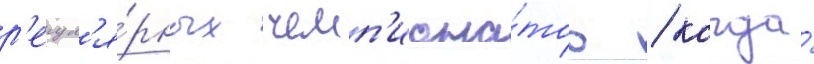
р'егул'я́рных чемп'иона́тов / когда́